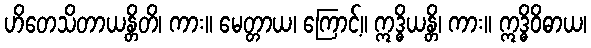
ဟိတေသိတာယန္တိတိ၊ ကား။ မေတ္တာယ၊ ကြောင့်။ ဣဒ္ဓိယန္တိ၊ ကား။ ဣဒ္ဓိဝိဓာယ၊